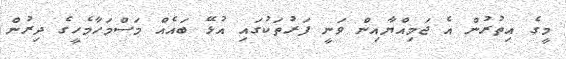
މީގެ އިތުރުން އެ ޖަމިއްޔާއިން ވަނީ ފަރުތަކުގައި އުޅޭ ބައެއް މަސްމަހާމެހީގެ ދިރުން